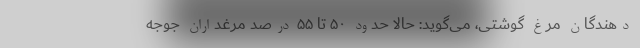
دهندگان مرغ گوشتی، می‌گوید: حالا حدود ۵۰ تا ۵۵ درصد مرغداران جوجه